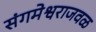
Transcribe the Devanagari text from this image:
संगमेश्वराजवळ